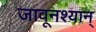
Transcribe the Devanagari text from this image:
जावूनश्यान्